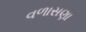
વળાસણા